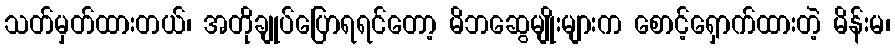
သတ်မှတ်ထားတယ်၊ အတိုချုပ်ပြောရရင်တော့ မိဘဆွေမျိုးများက စောင့်ရှောက်ထားတဲ့ မိန်းမ၊